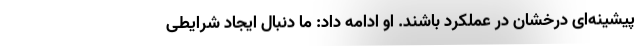
پیشینه‌ای درخشان در عملکرد باشند. او ادامه داد: ما دنبال ایجاد شرایطی